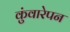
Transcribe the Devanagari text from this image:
कुंवारेपन